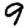
Digit: 9